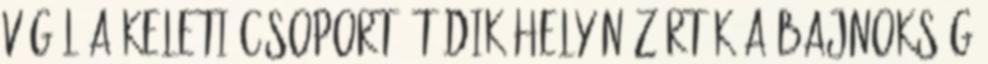
végül a Keleti csoport ötödik helyén zárták a bajnokság